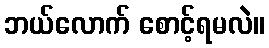
ဘယ်လောက် စောင့်ရမလဲ။